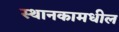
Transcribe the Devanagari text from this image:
स्थानकामधील